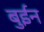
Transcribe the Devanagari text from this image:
बुईन